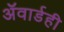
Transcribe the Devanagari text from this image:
ॲवार्डही